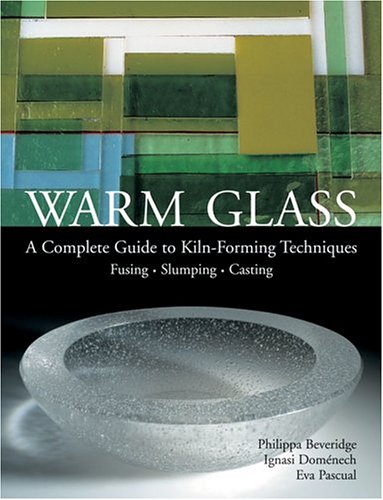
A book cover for Warm Glass: A Complete Guide to Kiln-Forming Techniques: Fusing, Slumping, Casting; Philippa Beveridge; Crafts, Hobbies & Home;